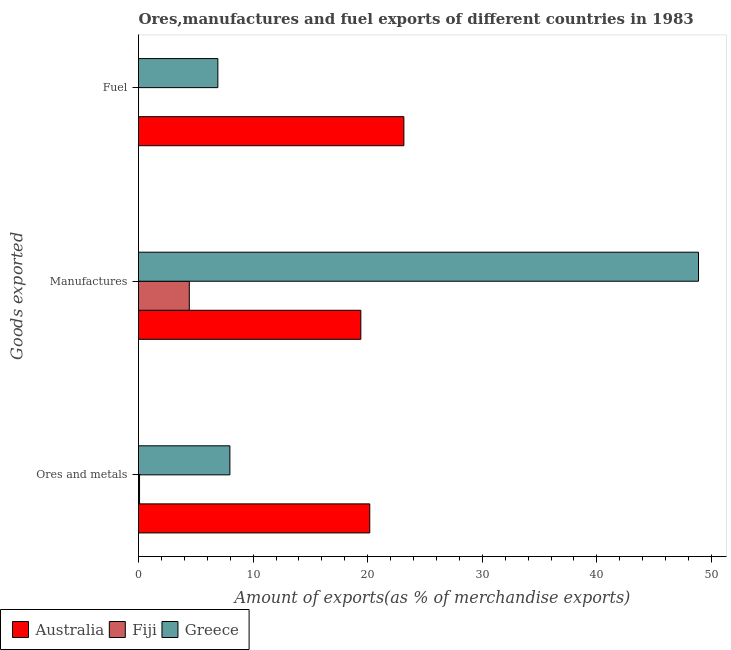
| Goods exported | Australia | Fiji | Greece |
 | --- | --- | --- | --- |
 | Ores and metals | 20.2 | 0.0903 | 7.97 |
 | Manufactures | 19.4 | 4.43 | 48.9 |
 | Fuel | 23.2 | 0.000363 | 6.92 |